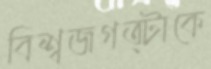
বিশ্বজগত্টাকে